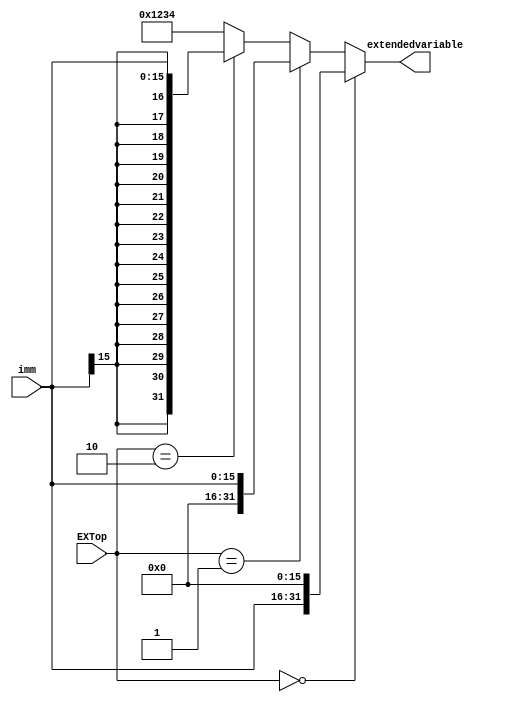

module Ext( EXTop,imm,extendedvariable);
    input [15:0]  imm;
    input [1:0]   EXTop;
    output [31:0] extendedvariable;     //extended variable (32)
    
    assign extendedvariable = (EXTop == 'b00) ? { imm,16'b0}:     // for lui 16 i + 16 0
                      (EXTop == 'b01) ? { 16'b0,imm}:    //zero extend
                      (EXTop == 'b10) ? { {16{imm[15]}},imm}:  //sign extend
                      32'b0001001000110100; 
endmodule